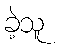
ခဲ့သူ